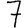
Digit: 7